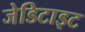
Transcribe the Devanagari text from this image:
जेडिटाइट